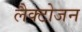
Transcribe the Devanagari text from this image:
लैक्टोजन